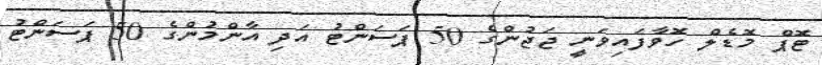
ޓޮޕް މޮޑެލް ހޮވާފައިވަނީ ޖަޖުންގެ 50 ޕަސަންޓު އަދި އާންމުންގެ 50 ޕަސަންޓު